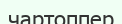
чартоппер